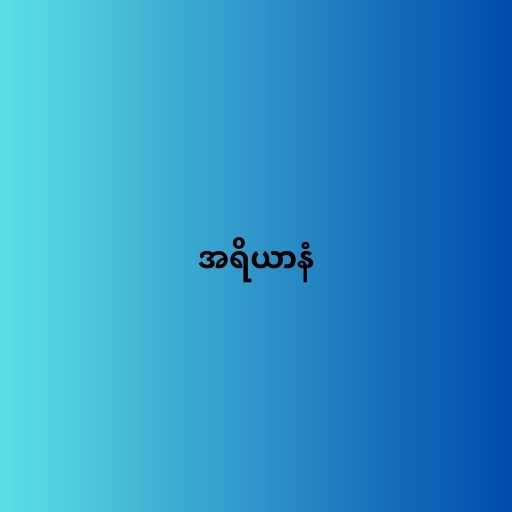
အရိယာနံ